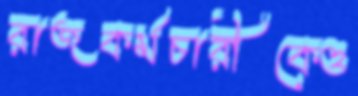
রাজকর্মচারীকেও